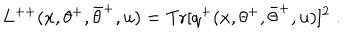
L ^ { + + } ( x , \theta ^ { + } , \bar { \theta } ^ { + } , u ) = \mathrm { T r } [ q ^ { + } ( x , \theta ^ { + } , \bar { \theta } ^ { + } , u ) ] ^ { 2 } \; .